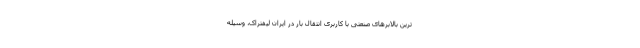
ترین بالابرهای صنعتی با کاربری انتقال بار در ایران لیفتراک، وسیله